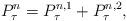
LaTeX: \begin{align*}P^n_\tau = P^{n,1}_\tau + P^{n,2}_\tau, \end{align*}